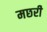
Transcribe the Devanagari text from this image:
मछरी